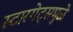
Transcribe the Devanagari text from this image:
स्टारगेट्समुळे